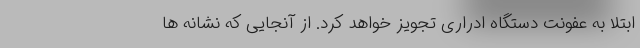
ابتلا به عفونت دستگاه ادراری تجویز خواهد کرد. از آنجایی که نشانه ها